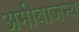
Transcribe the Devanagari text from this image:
अमीबाजन्य